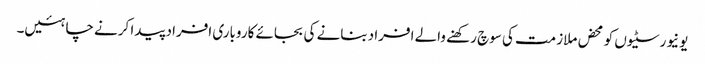
یونیورسٹیوں کو محض ملازمت کی سوچ رکھنے والے افراد بنانے کی بجائے کاروباری افراد پیدا کرنے چاہئیں۔